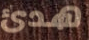
هدئ